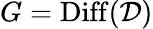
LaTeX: G=\mathrm{Diff}(\mathcal{D})